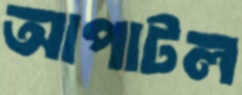
আপাটল